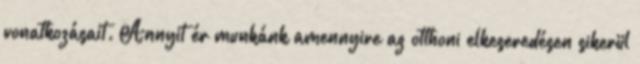
vonatkozásait. Annyit ér munkánk amennyire az otthoni elkeseredésen sikerül